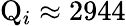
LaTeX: \mathrm{Q}_{i}\approx 2944